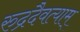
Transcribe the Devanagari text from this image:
रुद्रदैवत्याम्